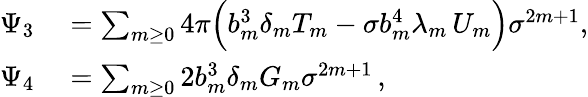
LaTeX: \begin{array}{rl}{\Psi_{3}}&{{}=\sum_{m\ge 0}4\pi\Big(b_{m}^{3}\delta_{m}T_{m}-\sigma b_{m}^{4}\lambda_{m}\, U_{m}\Big)\sigma^{2m+1},}\\ {\Psi_{4}}&{{}=\sum_{m\ge 0}2b_{m}^{3}\delta_{m}G_{m}\sigma^{2m+1}\, ,}\end{array}